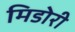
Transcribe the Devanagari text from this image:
मिडोरी